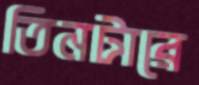
তিনটারে